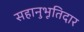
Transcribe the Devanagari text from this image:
सहानुभूतिदार